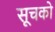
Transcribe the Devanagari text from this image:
सूचको